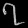
Digit: ၇